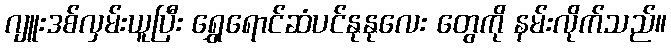
ဂျူးဒစ်လှမ်းယူပြီး ရွှေရောင်ဆံပင်နုနုလေး တွေကို နမ်းလိုက်သည်။